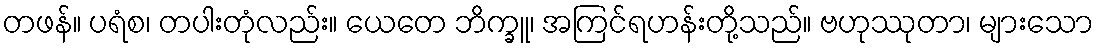
တဖန်။ ပရံစ၊ တပါးတုံလည်း။ ယေတေ ဘိက္ခူ၊ အကြင်ရဟန်းတို့သည်။ ဗဟုဿုတာ၊ များသော